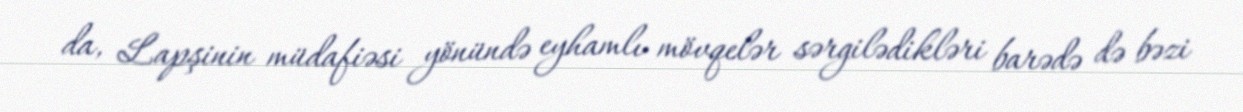
da, Lapşinin müdafiəsi yönündə eyhamlı mövqelər sərgilədikləri barədə də bəzi